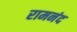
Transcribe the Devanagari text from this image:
रामनंद